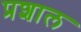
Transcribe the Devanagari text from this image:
प्रशाल